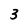
Character: 3